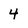
Character: 4